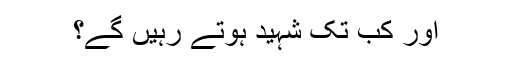
اور کب تک شہید ہوتے رہیں گے؟